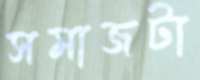
সমাজটা